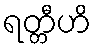
ရတ္တီဟိ